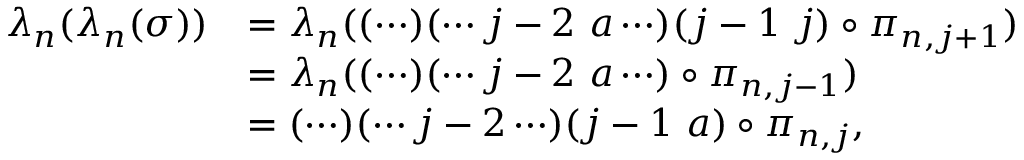
\begin{array} { r l } { \lambda _ { n } ( \lambda _ { n } ( \sigma ) ) } & { = \lambda _ { n } ( ( \cdots ) ( \cdots j - 2 \, \, a \cdots ) ( j - 1 \, \, j ) \circ \pi _ { n , j + 1 } ) } \\ & { = \lambda _ { n } ( ( \cdots ) ( \cdots j - 2 \, \, a \cdots ) \circ \pi _ { n , j - 1 } ) } \\ & { = ( \cdots ) ( \cdots j - 2 \cdots ) ( j - 1 \, \, a ) \circ \pi _ { n , j } , } \end{array}